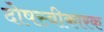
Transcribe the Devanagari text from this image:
दोषस्वीकारक